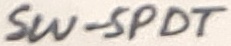
Text: SW-SPDT